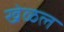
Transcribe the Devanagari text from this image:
खेळल